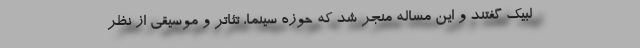
لبیک گفتند و این مساله منجر شد که حوزه سینما، تئاتر و موسیقی از نظر